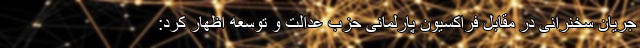
جریان سخنرانی در مقابل فراکسیون پارلمانی حزب عدالت و توسعه اظهار کرد: